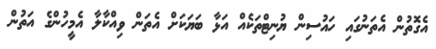
އެގޮތުން އެތަނުގައި ހައުސިން ޔުނިޓްތަކެއް އަޅާ ބަޔަކަށް އެތަން ވިއްކާލާ އެމީހުންގެ އަތުން